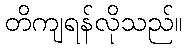
တိကျရန်လိုသည်။